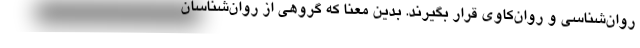
روان‌شناسی و روان‌کاوی قرار بگیرند. بدین معنا که گروهی از روان‌شناسان